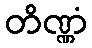
တိဏ္ဏံ